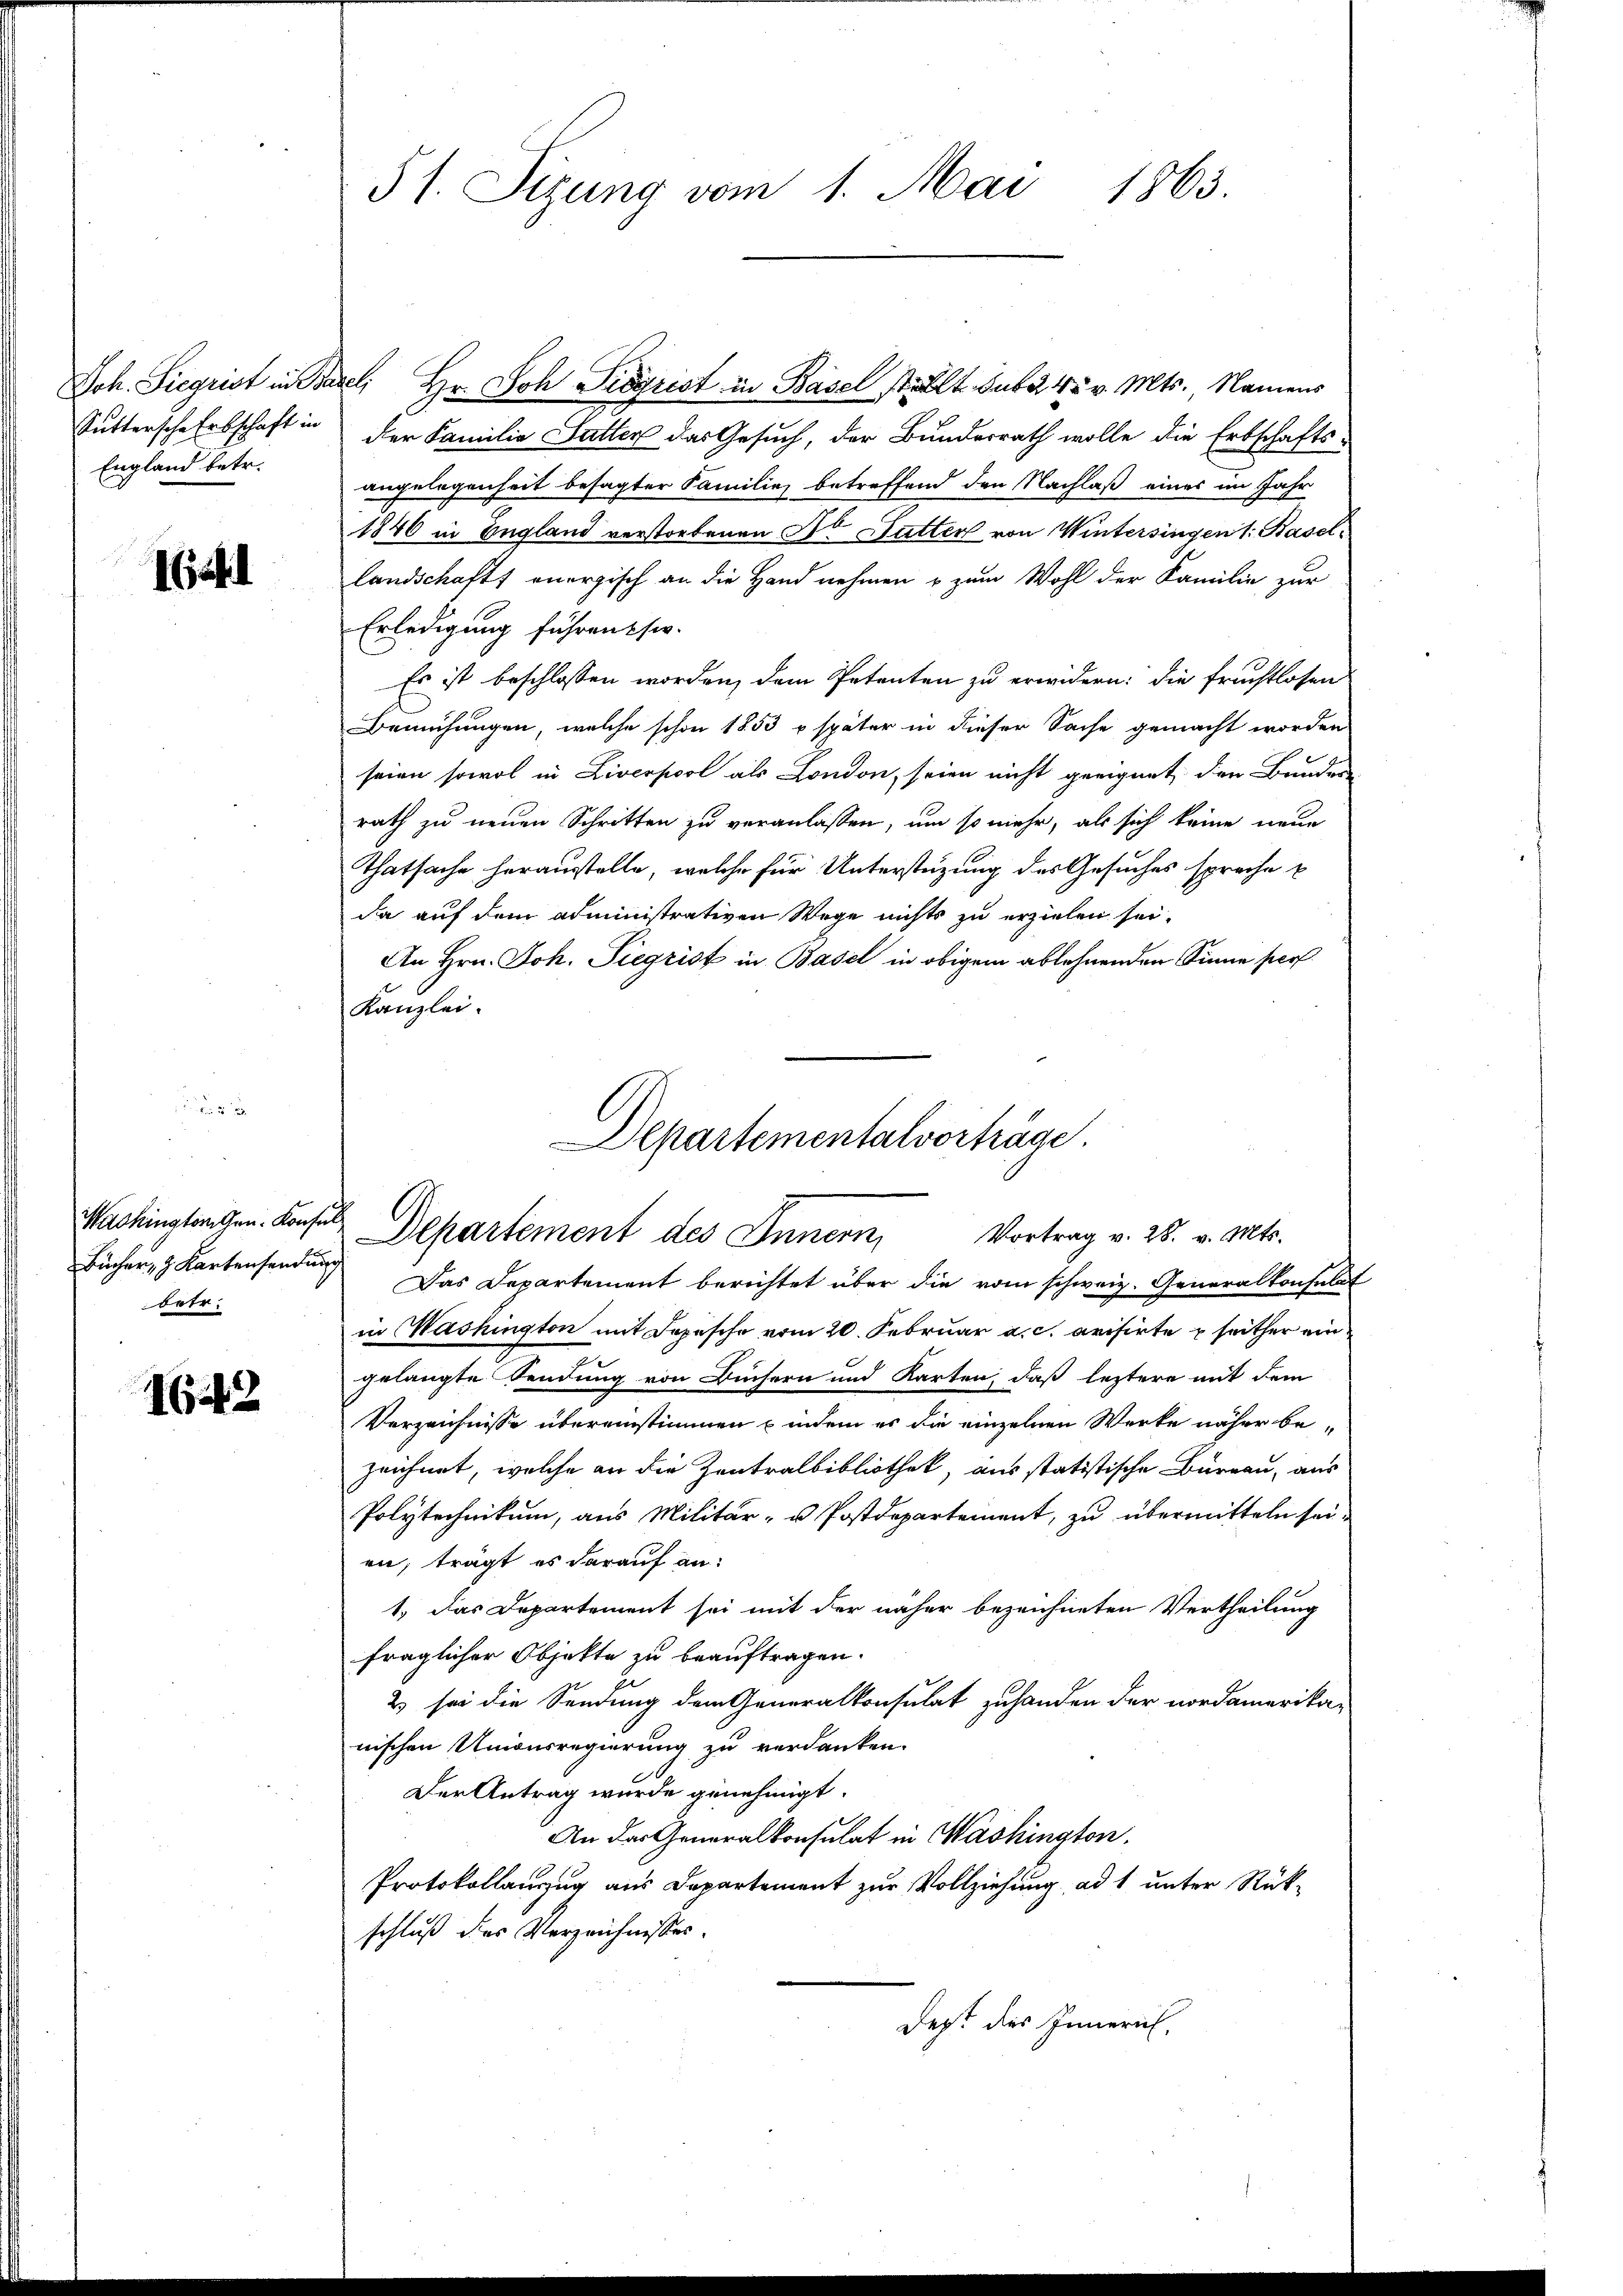
England betr.

1641

Bücher, z. Kartensendung
betr.

1642

§ 1. Sizung vom 1. Mai 1863.

Joh. Siegrist in Basel; Hr. Joh. Sigrist in Basel stellt sub. 4 v. Mts., Namens
Suttersche Erbschaft in der Familie Satter das Gesuch, der Bundesrath wolle die Erbschafts-
angelegenheit besagter Familie betreffend den Nachlaß eines im Jahr
1846 in England verstorbenen Dr Futter von Wintersingen 1. Basel¬
Landschaft anergisch an die Hand nehmen & zum Wohl der Familie zur
Erledigung führen sie
Es ist beschlossen worden, dem Petenten zu erwidern: die fruchtlosen
Bemühungen, welche schon 1853 u später in dieser Sache gemacht worden
seien sowol in Liverpool als London, seien nicht geeignet, den Bunden
rath zu neuen Schritten zu veranlassen, um so mehr, als sich keine neue
Thatsache herausstelle, welche für Unterstüzung des Gesuches sprache p
da auf dem administrativen Wege nichts zu erzielen sei.
An Hrn. Joh. Siegrist in Basel in obigem ablehnenden Sinne per
Kanzlei.

Departementalvorträge.
Machingangen. Konsuls Departement des Innern,
Vortrag v. 28. v. Mts.

Das Departement berichtet über die vom schweiz. Generalkonsulat
in Washington mit Depesche vom 20. Februar a. c. avisirte seither eingelangte Sendung von Büchern und Karten, daß leztere mit dem
Verzeichnisse übereinstimmen indem er die einzelnen Werke näher be-
zeichnet, welche an die Zentralbibliothek, aus statistische Burgau, aus
Polytechnikum, aus Militär- u Postdepartement, zu übermitteln sei.
en, trägt es darauf an:
1.) Das Departement sei mit der näher bezeichneten Vertheilung
fraglicher Objekte zu beauftragen.
2 sei die Sendung dem Generalkonsulat zuhanden der nordamerika-
nischen Unionsregierung zu verdanken.
Der Antrag wurde genehmigt.
An das Generalkonsulat in Washington.
Protokollauszug aus Departement zur Vollziehung ad 1 unter Rück-
schluß des Verzeichnisses.
Dept des Innern,